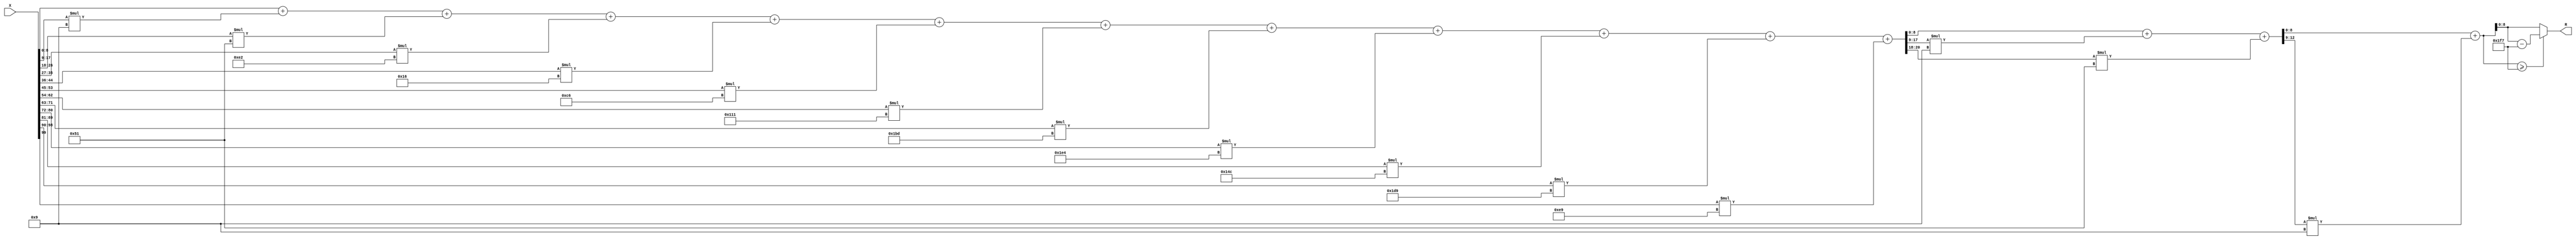
module x_100_mod_503(
    input [100:1] X,
    output [9:1] R
    );

wire [21:1] R_temp_1;
wire [13:1] R_temp_2;
wire [10:1] R_temp_3;
reg [9:1]  R_temp;

assign R_temp_1 = X [ 9 : 1 ]  + X [ 18 : 10 ] * 4'b1001 + X [ 27 : 19 ] * 7'b1010001 + 
X [ 36 : 28 ] * 8'b11100010 + X [ 45 : 37 ] * 5'b10110 + X [ 54 : 46 ] * 8'b11000110 + 
X [ 63 : 55 ] * 9'b100010001 + X [ 72 : 64 ] * 9'b110111101 + X [ 81 : 73 ] * 9'b111100100 + 
X [ 90 : 82 ] * 9'b101001100 + X [ 99 : 91 ] * 9'b111011001 + X [ 100 ] * 8'b11101001 ;

assign R_temp_2 = R_temp_1 [ 9 : 1 ]  + R_temp_1 [ 18 : 10 ] * 4'b1001 + R_temp_1 [ 21 : 19 ] * 7'b1010001 ;

assign R_temp_3 = R_temp_2 [ 9 : 1 ]  + R_temp_2 [ 13 : 10 ] * 4'b1001 ;

always @(R_temp_3)
begin
  if (R_temp_3 >= 9'b111110111)
    R_temp <= R_temp_3 - 9'b111110111;
  else
    R_temp <= R_temp_3;
end

assign R = R_temp;

endmodule